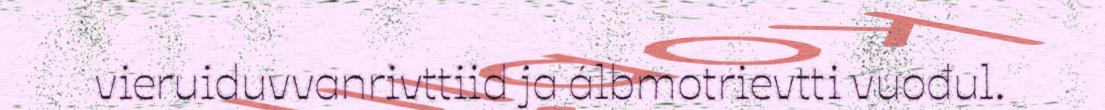
vieruiduvvanrivttiid ja álbmotrievtti vuođul.